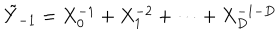
LaTeX: \tilde { Y } _ { - 1 } = X _ { 0 } ^ { - 1 } + X _ { 1 } ^ { - 2 } + \cdots + X _ { D } ^ { - 1 - D }